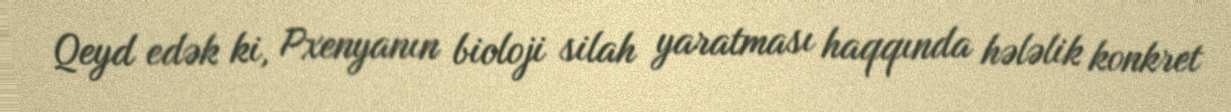
Qeyd edək ki, Pxenyanın bioloji silah yaratması haqqında hələlik konkret